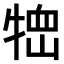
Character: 𤚞